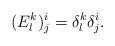
LaTeX: \begin{align*}(E_{l}^{k})^{i}_{j}=\delta ^{k}_{l} \delta ^{i}_{j}.\end{align*}